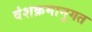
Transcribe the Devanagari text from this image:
वंशक्रमानुगत